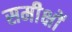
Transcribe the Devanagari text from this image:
समीक्षों